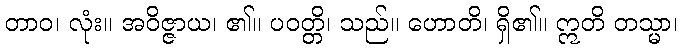
တာဝ၊ လုံး။ အဝိဇ္ဇာယ၊ ၏။ ပဝတ္တိ၊ သည်။ ဟောတိ၊ ရှိ၏။ ဣတိ တသ္မာ၊